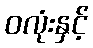
ဝလုံးနှင့်